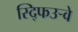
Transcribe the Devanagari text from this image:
स्द्फिउर्‍वे